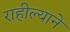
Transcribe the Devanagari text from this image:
राहील्याने